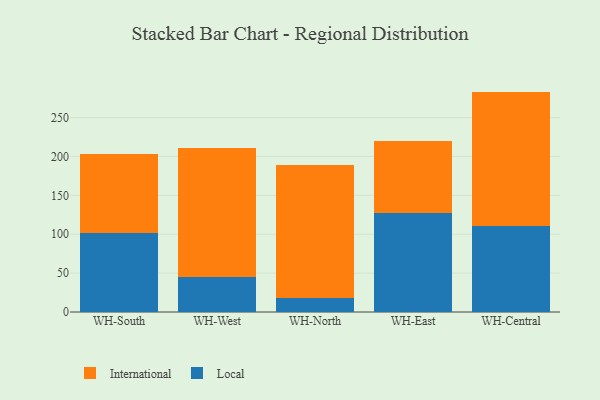
{"axis": {"x": "Warehouse", "y": "LTV (USD)"}, "legend": ["International", "Local"], "data": [{"x": "WH-South", "y": 101.5, "type": "Local"}, {"x": "WH-South", "y": 102.3, "type": "International"}, {"x": "WH-West", "y": 45.5, "type": "Local"}, {"x": "WH-West", "y": 164.8, "type": "International"}, {"x": "WH-North", "y": 18.5, "type": "Local"}, {"x": "WH-North", "y": 171.0, "type": "International"}, {"x": "WH-East", "y": 127.8, "type": "Local"}, {"x": "WH-East", "y": 91.8, "type": "International"}, {"x": "WH-Central", "y": 110.0, "type": "Local"}, {"x": "WH-Central", "y": 173.4, "type": "International"}]}